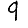
Digit: 9